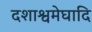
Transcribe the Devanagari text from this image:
दशाश्वमेघादि